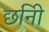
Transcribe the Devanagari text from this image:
छनिी